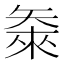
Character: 𬑴